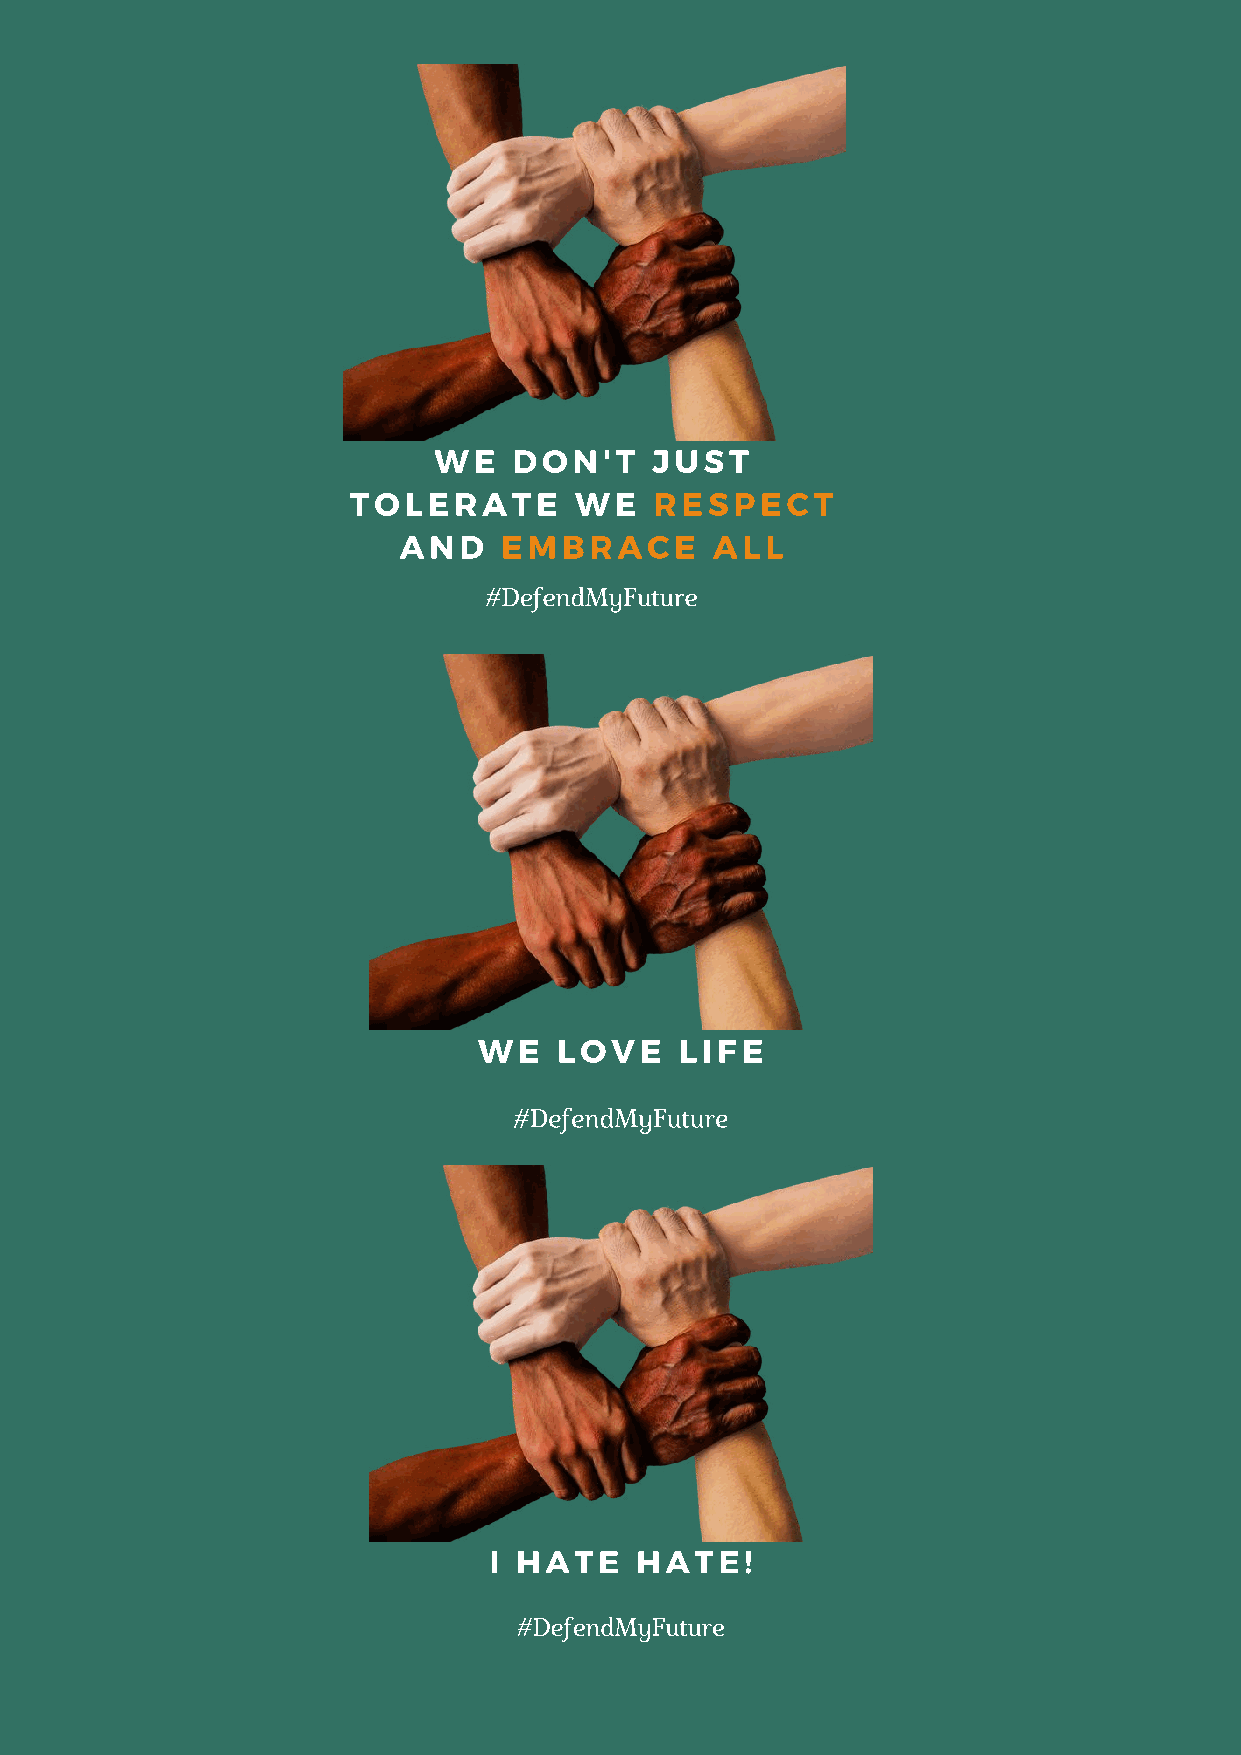
WE   DON'T    JUST
 TOLERATE       WE   RESPECT
 AND    EMBRACE       ALL
 #DefendMyFuture
 WE   LOVE    LIFE
 #DefendMyFuture
 I HATE    HATE!
 #DefendMyFuture